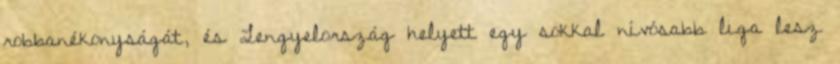
robbanékonyságát, és Lengyelország helyett egy sokkal nívósabb liga lesz